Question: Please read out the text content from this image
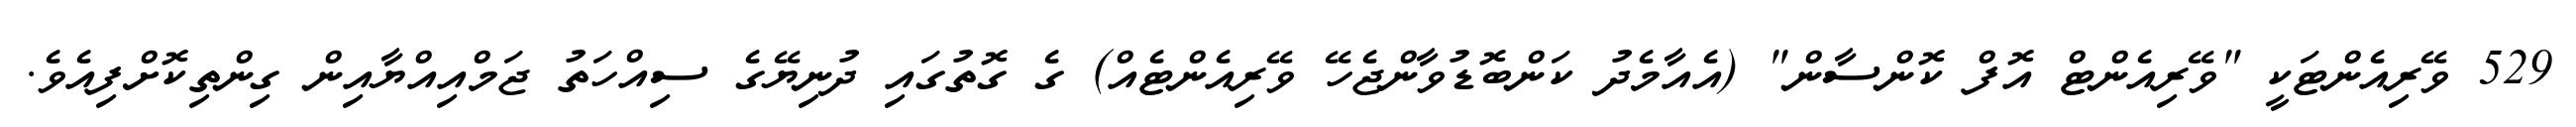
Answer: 529 ވޭރިއެންޓަކީ "ވޭރިއެންޓް އޮފް ކޮންސާން" (އެއާމެދު ކަންބޮޑުވާންޖެހޭ ވޭރިއެންޓެއް) ގެ ގޮތުގައި ދުނިޔޭގެ ސިއްހަތު ޖަމްއިއްޔާއިން ގިންތިކޮށްފިއެވެ.